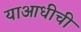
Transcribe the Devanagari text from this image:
याआधीची